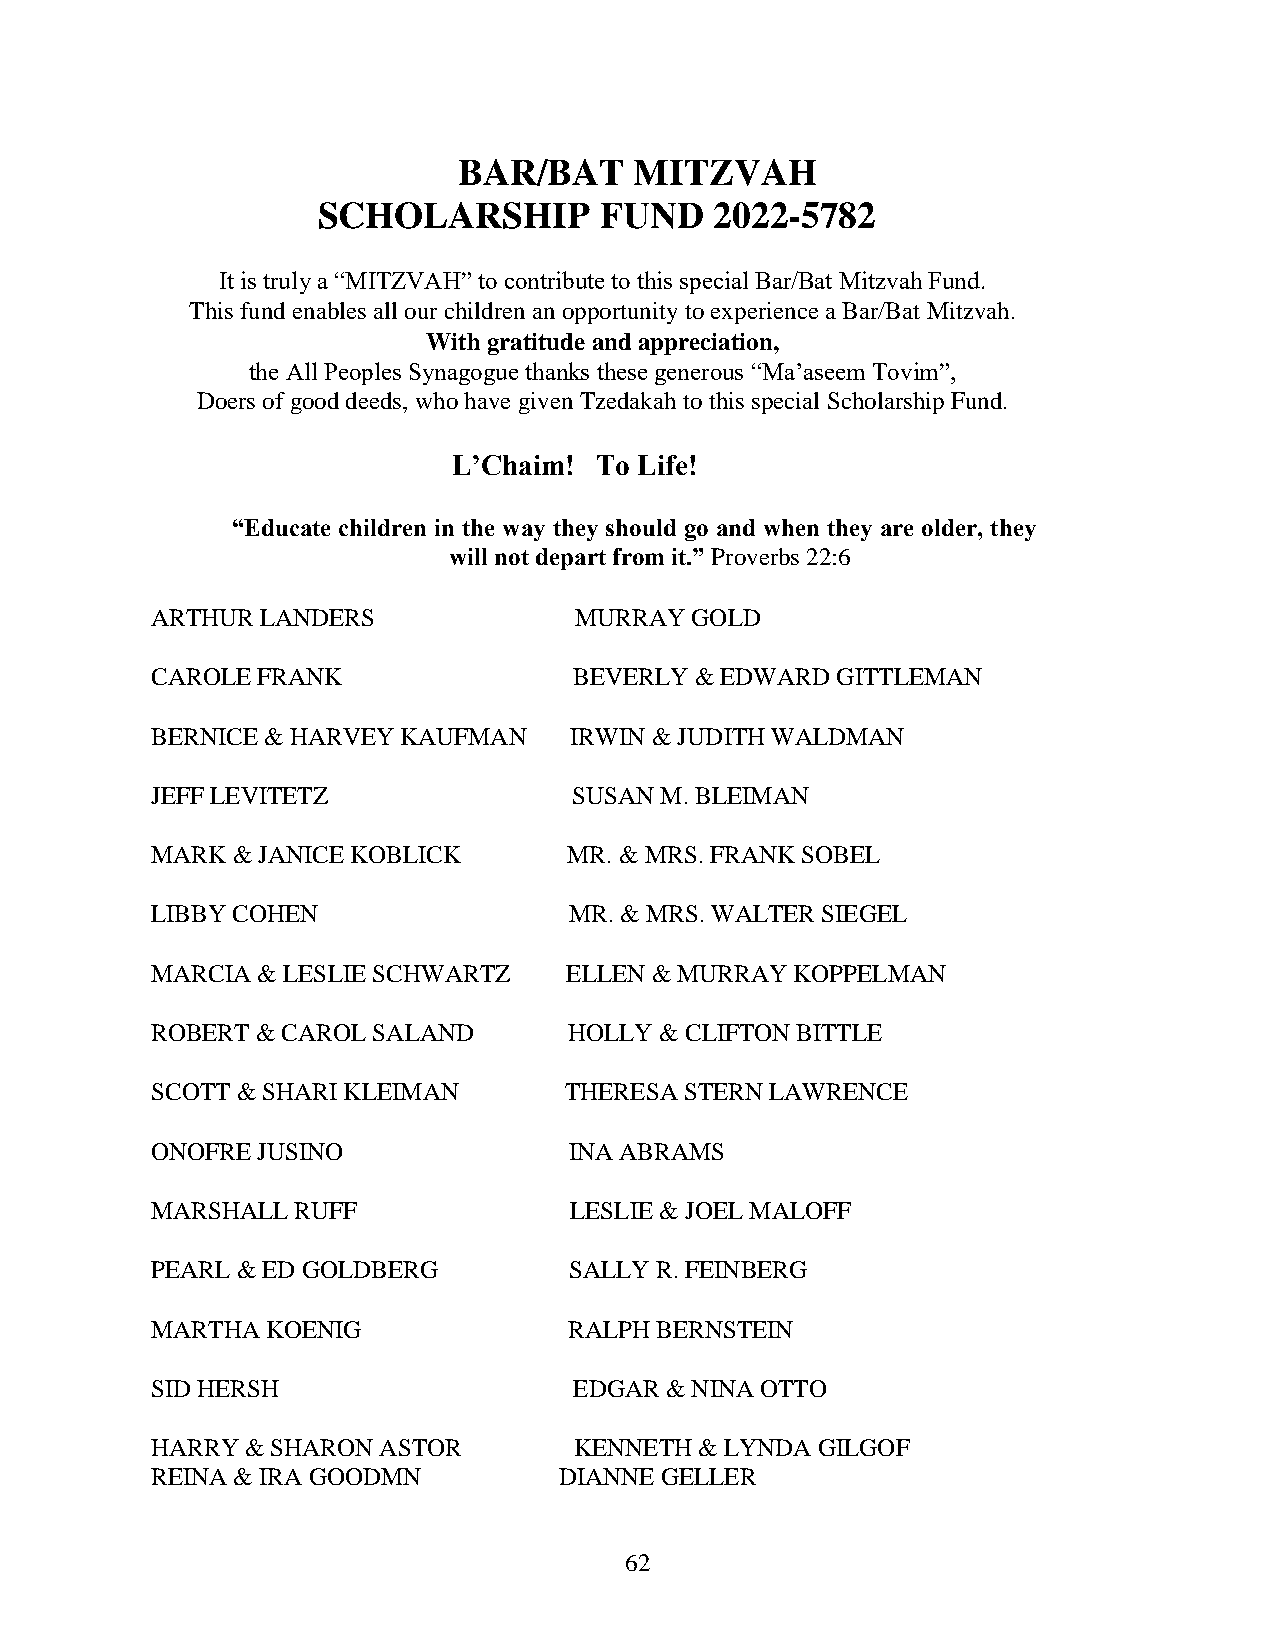
BAR/BAT     MITZVAH
 SCHOLARSHIP        FUND   2022-5782
 It is truly a “MITZVAH” to contribute to this special Bar/Bat Mitzvah Fund.
 This fund enables all our children an opportunity to experience a Bar/Bat Mitzvah.
 With gratitude and appreciation,
 the All Peoples Synagogue thanks these generous “Ma’aseem Tovim”,
 Doers of good deeds, who have given Tzedakah to this special Scholarship Fund.
 L’Chaim!  To Life!
 “Educate children in the way they should go and when they are older, they
 will not depart from it.” Proverbs 22:6
 ARTHUR LANDERS              MURRAY  GOLD
 CAROLE FRANK                BEVERLY & EDWARD GITTLEMAN
 BERNICE & HARVEY KAUFMAN    IRWIN & JUDITH WALDMAN
 JEFF LEVITETZ               SUSAN M. BLEIMAN
 MARK & JANICE KOBLICK       MR. & MRS. FRANK SOBEL
 LIBBY COHEN                 MR. & MRS. WALTER SIEGEL
 MARCIA & LESLIE SCHWARTZ   ELLEN & MURRAY  KOPPELMAN
 ROBERT & CAROL SALAND       HOLLY & CLIFTON BITTLE
 SCOTT & SHARI KLEIMAN      THERESA STERN LAWRENCE
 ONOFRE JUSINO               INA ABRAMS
 MARSHALL  RUFF              LESLIE & JOEL MALOFF
 PEARL & ED GOLDBERG         SALLY R. FEINBERG
 MARTHA  KOENIG              RALPH BERNSTEIN
 SID HERSH                   EDGAR & NINA OTTO
 HARRY & SHARON ASTOR        KENNETH & LYNDA GILGOF
 REINA & IRA GOODMN         DIANNE GELLER
 62